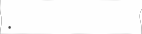
: